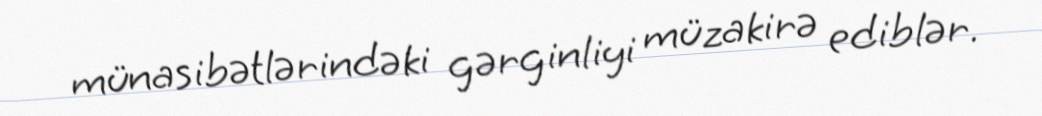
münasibətlərindəki gərginliyi müzakirə ediblər.